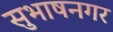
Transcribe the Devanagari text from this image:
सुभाषनगर